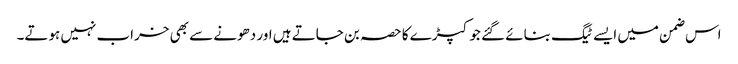
اس ضمن میں ایسے ٹیگ بنائے گئے جو کپڑے کا حصہ بن جاتے ہیں اور دھونے سے بھی خراب نہیں ہوتے۔